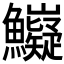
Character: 𲍄